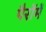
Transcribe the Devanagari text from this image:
पैरोंमें